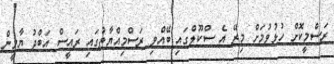
ރަސްމީކޮށް ހުޅުވުމަށް މިރޭ އެ ސްކޫލްގައި ބޭއްވި ރަސްމިއްޔާތުގައި ރައީސް އަބްދު ޔާމީން